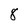
Character: 8